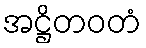
အဋ္ဌိတဝတံ